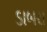
ડાબરા